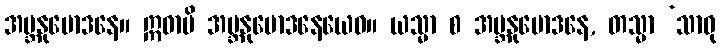
အဗ္ဘနုမောဒနေ။ ဣဓာပိ အဗ္ဘနုမောဒနေယေဝ။ ယသ္မာ စ အဗ္ဘနုမောဒနေ, တသ္မာ ‘သာဓု